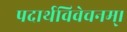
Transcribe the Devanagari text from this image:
पदार्थविवेचनम्।